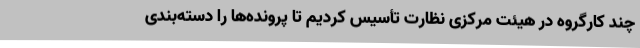
چند کارگروه در هیئت مرکزی نظارت تأسیس کردیم تا پرونده‌ها را دسته‌بندی